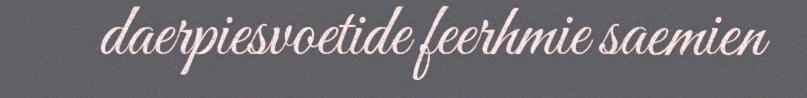
daerpiesvoetide feerhmie saemien